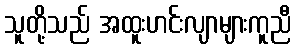
သူတို့သည် အထူးဟင်းလျာများကူညီ